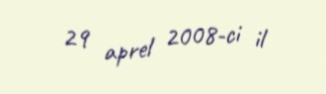
29 aprel 2008-ci il